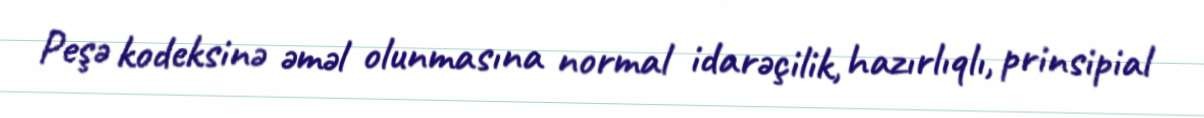
Peşə kodeksinə əməl olunmasına normal idarəçilik, hazırlıqlı, prinsipial